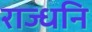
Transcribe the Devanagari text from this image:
राज्धनि